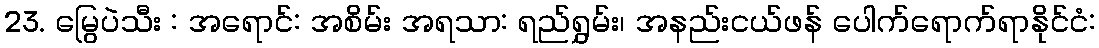
23. မြွေပဲသီး : အရောင်: အစိမ်း အရသာ: ရည်ရွှမ်း၊ အနည်းငယ်ဖန် ပေါက်ရောက်ရာနိုင်ငံ: